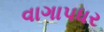
વાગાપધર